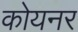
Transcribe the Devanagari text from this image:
कोयनर